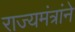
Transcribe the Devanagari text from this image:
राज्यमंत्रांने